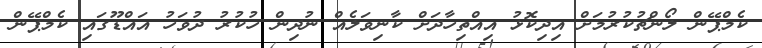
ކެމްޕޭން ލޯންޗުކުރުމަށް އިދިކޮޅު އިއްތިހާދަށް ކާނިވަލެއް ނުދިން ހުކުރު ދުވަހު އައްޑޫގައި ކެމްޕޭން